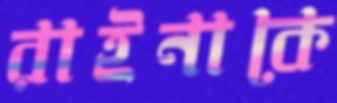
রাইনাকে